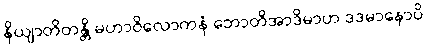
နိယျာတိတန္တိ မဟာဝိလောကနံ ဘောတိအာဒိမာဟ ဒဒမာနောပိ